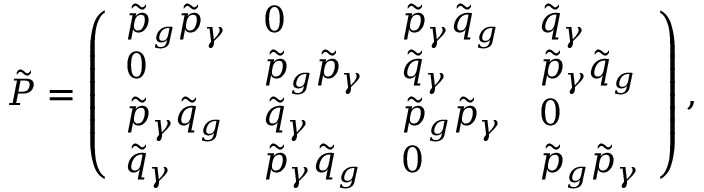
{ \tilde { P } } = \left( \begin{array} { l l l l } { \tilde { p } _ { g } \tilde { p } _ { \gamma } } & { 0 } & { \tilde { p } _ { \gamma } \tilde { q } _ { g } } & { \tilde { q } _ { \gamma } } \\ { 0 } & { \tilde { p } _ { g } \tilde { p } _ { \gamma } } & { \tilde { q } _ { \gamma } } & { \tilde { p } _ { \gamma } \tilde { q } _ { g } } \\ { \tilde { p } _ { \gamma } \tilde { q } _ { g } } & { \tilde { q } _ { \gamma } } & { \tilde { p } _ { g } \tilde { p } _ { \gamma } } & { 0 } \\ { \tilde { q } _ { \gamma } } & { \tilde { p } _ { \gamma } \tilde { q } _ { g } } & { 0 } & { \tilde { p } _ { g } \tilde { p } _ { \gamma } } \end{array} \right) ,